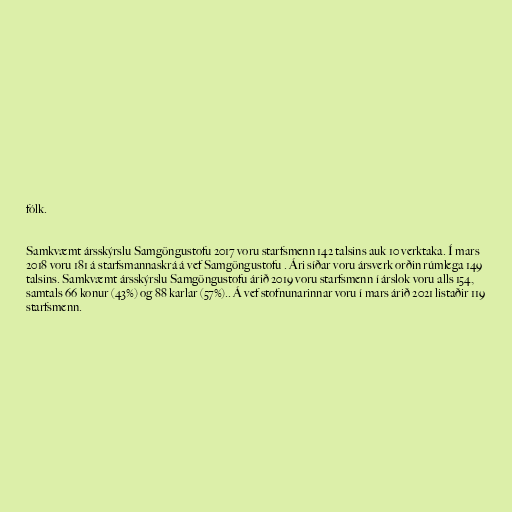
fólk.

Samkvæmt ársskýrslu Samgöngustofu 2017 voru starfsmenn 142 talsins auk 10 verktaka. Í mars
2018 voru 181 á starfsmannaskrá á vef Samgöngustofu . Ári síðar voru ársverk orðin rúmlega 149
talsins. Samkvæmt ársskýrslu Samgöngustofu árið 2019 voru starfsmenn í árslok voru alls 154,
samtals 66 konur (43%) og 88 karlar (57%).. Á vef stofnunarinnar voru í mars árið 2021 listaðir 119
starfsmenn.